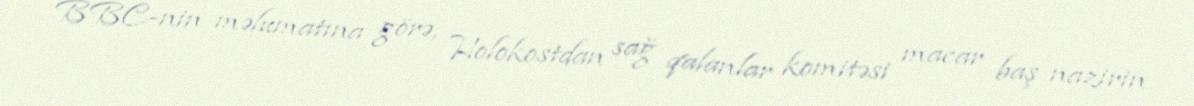
BBC-nin məlumatına görə, Holokostdan sağ qalanlar komitəsi macar baş nazirin